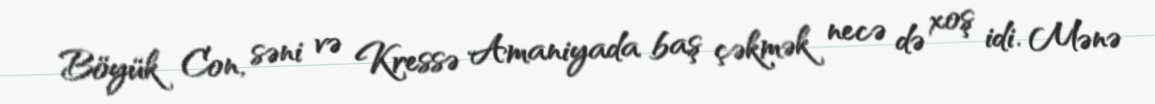
Böyük Con, səni və Kressə Amaniyada baş çəkmək necə də xoş idi. Mənə